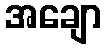
အချော